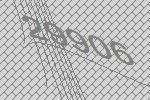
29906